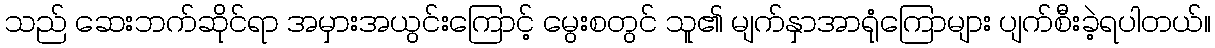
သည် ဆေးဘက်ဆိုင်ရာ အမှားအယွင်းကြောင့် မွေးစတွင် သူ၏ မျက်နှာအာရုံကြောများ ပျက်စီးခဲ့ရပါတယ်။